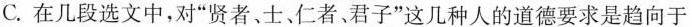
C. 在几段选文中，对”贤者、士、仁者、君子”这几种人的道德要求是趋向于